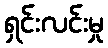
ရှင်းလင်းမှု